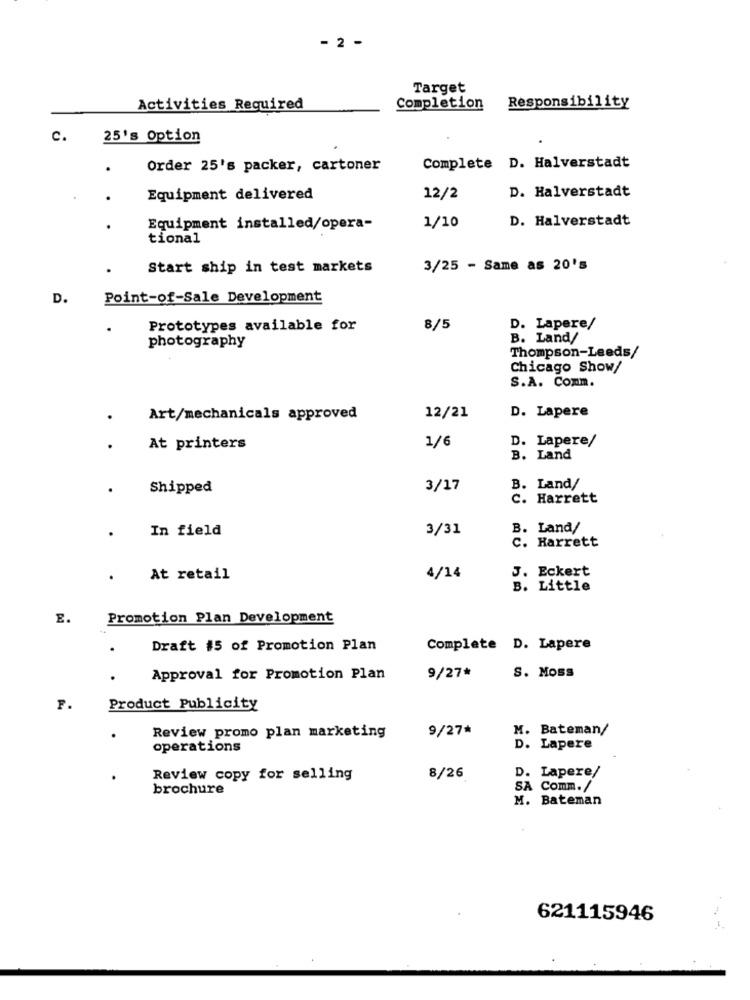
- 2 -
Target
Activities Required
Completion
Responsibility
c.
25's Option
.
Order 25's packer, cartoner
Complete D. Halverstadt
D. Halverstadt
.
Equipment delivered
12/2
D. Halverstadt
.
Equipment installed/opera-
1/10
tional
Start ship in test markets
3/25 - Same as 20's
D.
Point-of-Sale Development
Prototypes available for
8/5
D. Lapere/
B. Land/
photography
Thompson-Leeds/
Chicago Show/
S.A. Comm.
12/21
D. Lapere
Art/mechanicals approved
D. Lapere/
At printers
1/6
B. Land
Shipped
3/17
B. Land/
c. Harrett
In field
3/31
B. Land/
c. Harrett
J. Eckert
At retail
4/14
B. Little
E.
Promotion Plan Development
Draft #5 of Promotion Plan
Complete D. Lapere
S. Moss
Approval for Promotion Plan
9/27*
F.
Product Publicity
Review promo plan marketing
9/27*
M. Bateman/
operations
D. Lapere
Review copy for selling
8/26
D. Lapere/
brochure
SA Comm./
M. Bateman
621115946
- -